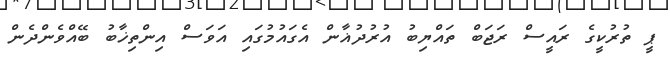
ޕީ ތުރުކީގެ ރައީސް ރަޖަބް ތައްޔިބު އުރުދުޣާން އެގައުމުގައި އަވަސް އިންތިޚާބު ބޭއްވެންދެން